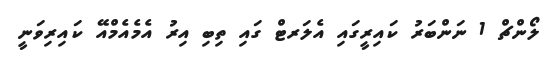
ލޯންޗް 1 ނަންބަރު ކައިރީގައި އެލަރޓް ގައި ތިބި އިރު އެމެއެމްއޭ ކައިރިވަނީ